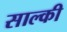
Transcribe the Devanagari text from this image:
साल्की